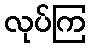
လုပ်ကြ